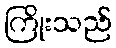
ကြိုးသည်